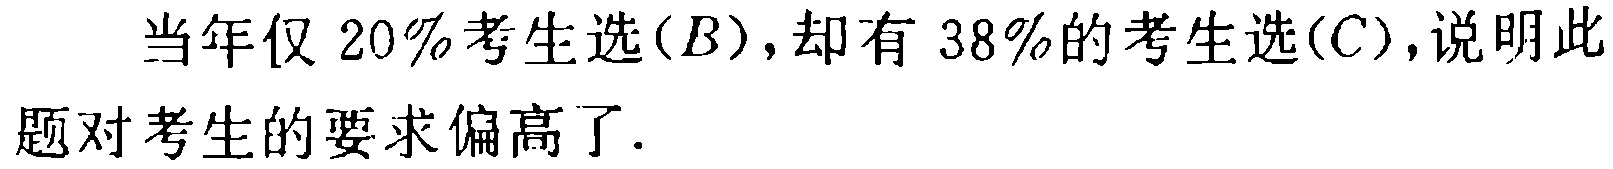
当年仅 20\%考生选$(B)$，却有 38\%的考生选$(C)$，说明此题对考生的要求偏高了.